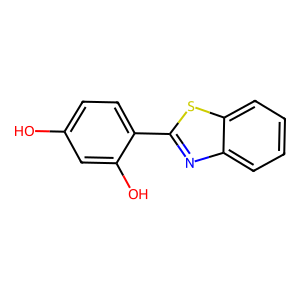
SMILES: Oc1ccc(-c2nc3ccccc3s2)c(O)c1
Inhibits HIV replication: No